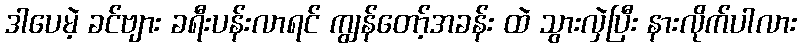
ဒါပေမဲ့ ခင်ဗျား ခရီးပန်းလာရင် ကျွန်တော့်အခန်း ထဲ သွားလှဲပြီး နားလိုက်ပါလား